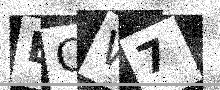
Text: ECW7